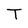
Character: T